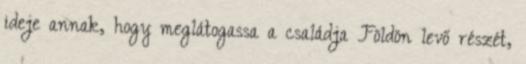
ideje annak, hogy meglátogassa a családja Földön levő részét,